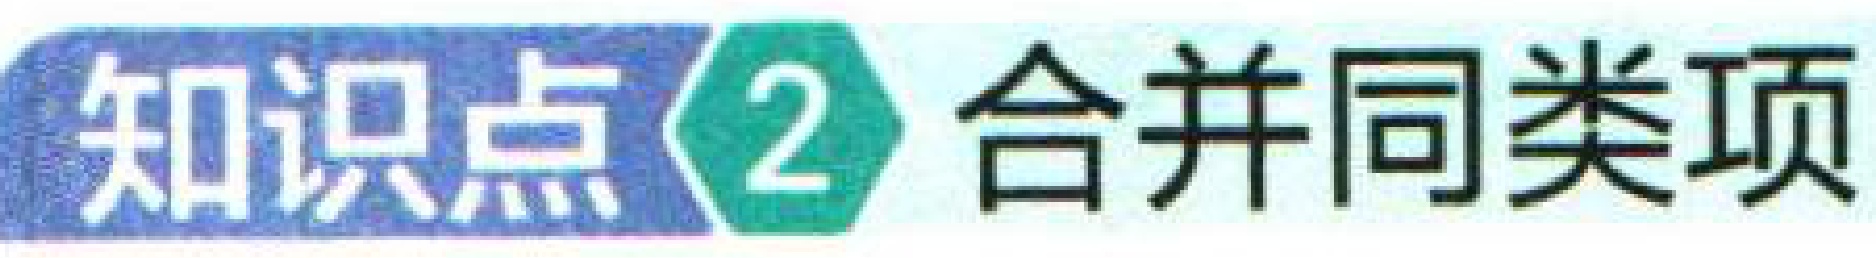
知识点\textcircled{2} 合并同类项